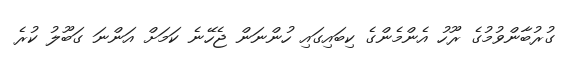
ގުރުބާންވުމުގެ ރޫހު އެންމެންގެ ކިބައިގައި ހުންނަން ޖެހޭނެ ކަމަށް އަންނަ ގަބޫލު ކުރެ